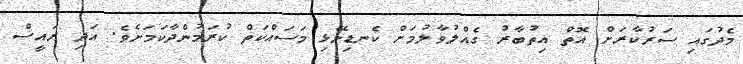
މެދުގައި ސަރުކާރަށް އޮތް އިތުބާރު ގެއްލުވާލުމަށް ކެނޑިނޭޅި މަސައްކަތް ކުރަމުންދާކަމަށެވެ. އަދި ރައީސް